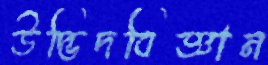
উদ্ভিদবিজ্ঞান